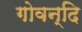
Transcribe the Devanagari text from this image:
गोवन्दि